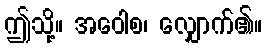
ဤသို့။ အဝေါစ၊ လျှောက်၏။